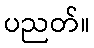
ပညတ်။